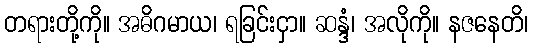
တရားတို့ကို။ အဓိဂမာယ၊ ရခြင်းငှာ။ ဆန္ဒံ၊ အလိုကို။ နဇနေတိ၊